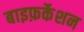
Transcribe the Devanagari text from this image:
बाइफ़र्केशन